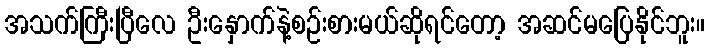
အသက်ကြီးပြီလေ ဦးနှောက်နဲ့စဉ်းစားမယ်ဆိုရင်တော့ အဆင်မပြေနိုင်ဘူး။